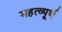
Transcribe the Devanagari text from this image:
महत्‍व्‍पूर्ण